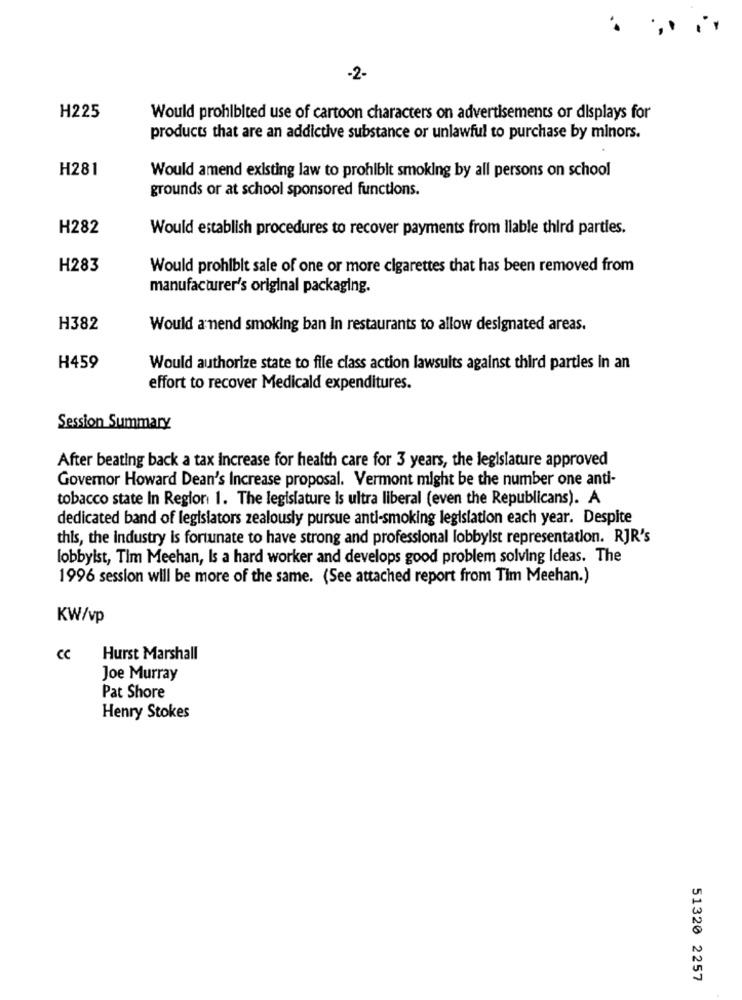
..
-2-
H225
Would prohibited use of cartoon characters on advertisements or displays for
products that are an addictive substance or unlawful to purchase by minors.
H281
Would amend existing law to prohibit smoking by all persons on school
grounds or at school sponsored functions.
H282
Would establish procedures to recover payments from Ilable third parties.
H283
Would prohibit sale of one or more cigarettes that has been removed from
manufacturer's original packaging.
H382
Would a nend smoking ban In restaurants to allow designated areas.
H459
Would authorize state to file class action lawsuits against third parties in an
effort to recover Medicald expenditures.
Session Summary
After beating back a tax increase for health care for 3 years, the legislature approved
Governor Howard Dean's Increase proposal. Vermont might be the number one anti-
tobacco state In Region 1. The legislature is ultra liberal (even the Republicans). A
dedicated band of legislators zealously pursue anti-smoking legislation each year. Despite
this, the industry is fortunate to have strong and professional lobbyist representation. RJR's
lobbyist, Tim Meehan, Is a hard worker and develops good problem solving Ideas. The
1996 session will be more of the same. (See attached report from Tim Meehan.)
KW/vp
cc Hurst Marshall
Joe Murray
Pat Shore
Henry Stokes
51320 2257